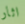
اثار